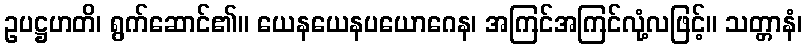
ဥပဋ္ဌဟတိ၊ ရွက်ဆောင်၏။ ယေနယေနပယောဂေန၊ အကြင်အကြင်လုံ့လဖြင့်။ သတ္တာနံ၊